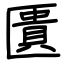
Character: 匱